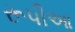
રૂપીઆ